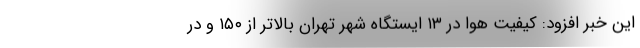
این خبر افزود: کیفیت هوا در ۱۳ ایستگاه شهر تهران بالاتر از ۱۵۰ و در